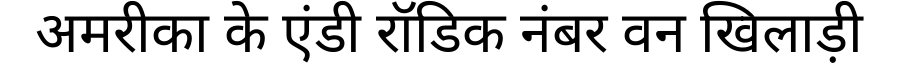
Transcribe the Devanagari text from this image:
अमरीका के एंडी रॉडिक नंबर वन खिलाड़ी